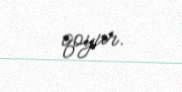
qoyur.